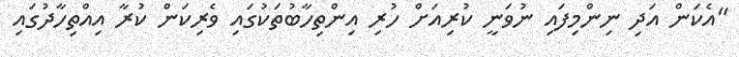
"އެކަން އަދި ނިންމިފައި ނުވަނީ ކުރިއަށް ހުރި އިންތިހާބުތަކުގައި ވެރިކަން ކުރާ އިއްތިހާދުގައި